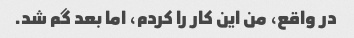
در واقع، من این کار را کردم، اما بعد گم شد.